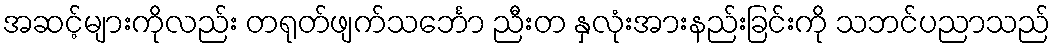
အဆင့်များကိုလည်း တရုတ်ဖျက်သင်္ဘော ညီးတ နှလုံးအားနည်းခြင်းကို သဘင်ပညာသည်